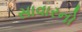
સાવારનો